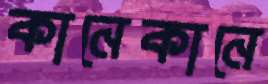
কানেকানে